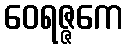
ဝေရဇ္ဇကေ